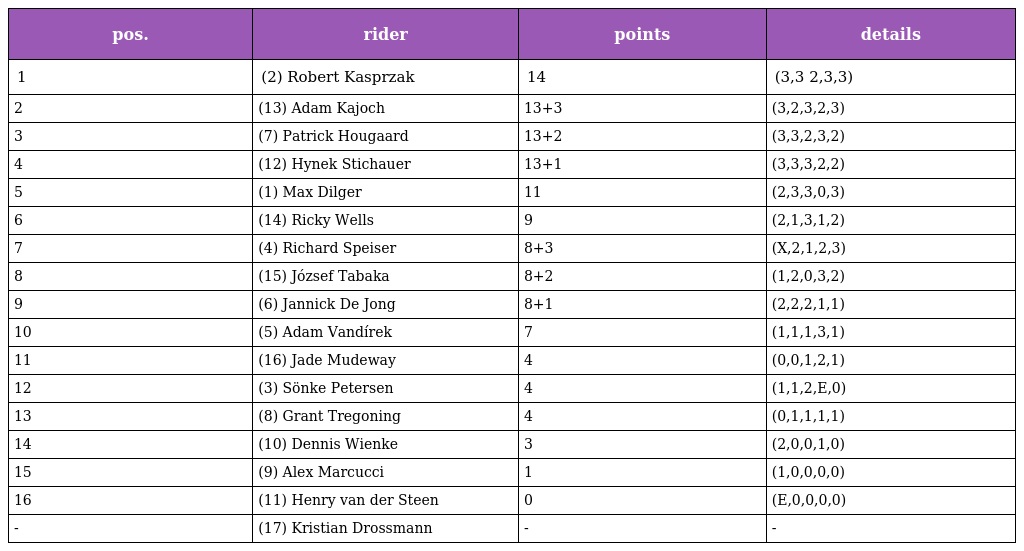
| pos. | rider | points | details |
 | --- | --- | --- | --- |
 | 1 | (2) Robert Kasprzak | 14 | (3,3 2,3,3) |
 | 2 | (13) Adam Kajoch | 13+3 | (3,2,3,2,3) |
 | 3 | (7) Patrick Hougaard | 13+2 | (3,3,2,3,2) |
 | 4 | (12) Hynek Stichauer | 13+1 | (3,3,3,2,2) |
 | 5 | (1) Max Dilger | 11 | (2,3,3,0,3) |
 | 6 | (14) Ricky Wells | 9 | (2,1,3,1,2) |
 | 7 | (4) Richard Speiser | 8+3 | (X,2,1,2,3) |
 | 8 | (15) József Tabaka | 8+2 | (1,2,0,3,2) |
 | 9 | (6) Jannick De Jong | 8+1 | (2,2,2,1,1) |
 | 10 | (5) Adam Vandírek | 7 | (1,1,1,3,1) |
 | 11 | (16) Jade Mudeway | 4 | (0,0,1,2,1) |
 | 12 | (3) Sönke Petersen | 4 | (1,1,2,E,0) |
 | 13 | (8) Grant Tregoning | 4 | (0,1,1,1,1) |
 | 14 | (10) Dennis Wienke | 3 | (2,0,0,1,0) |
 | 15 | (9) Alex Marcucci | 1 | (1,0,0,0,0) |
 | 16 | (11) Henry van der Steen | 0 | (E,0,0,0,0) |
 | - | (17) Kristian Drossmann | - | - |